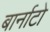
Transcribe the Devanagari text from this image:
बार्नाटो